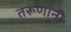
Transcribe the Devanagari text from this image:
तरूणांनी